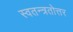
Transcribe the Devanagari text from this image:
स्वतन्त्रतोत्तर